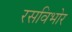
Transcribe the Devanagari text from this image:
रसविभोर